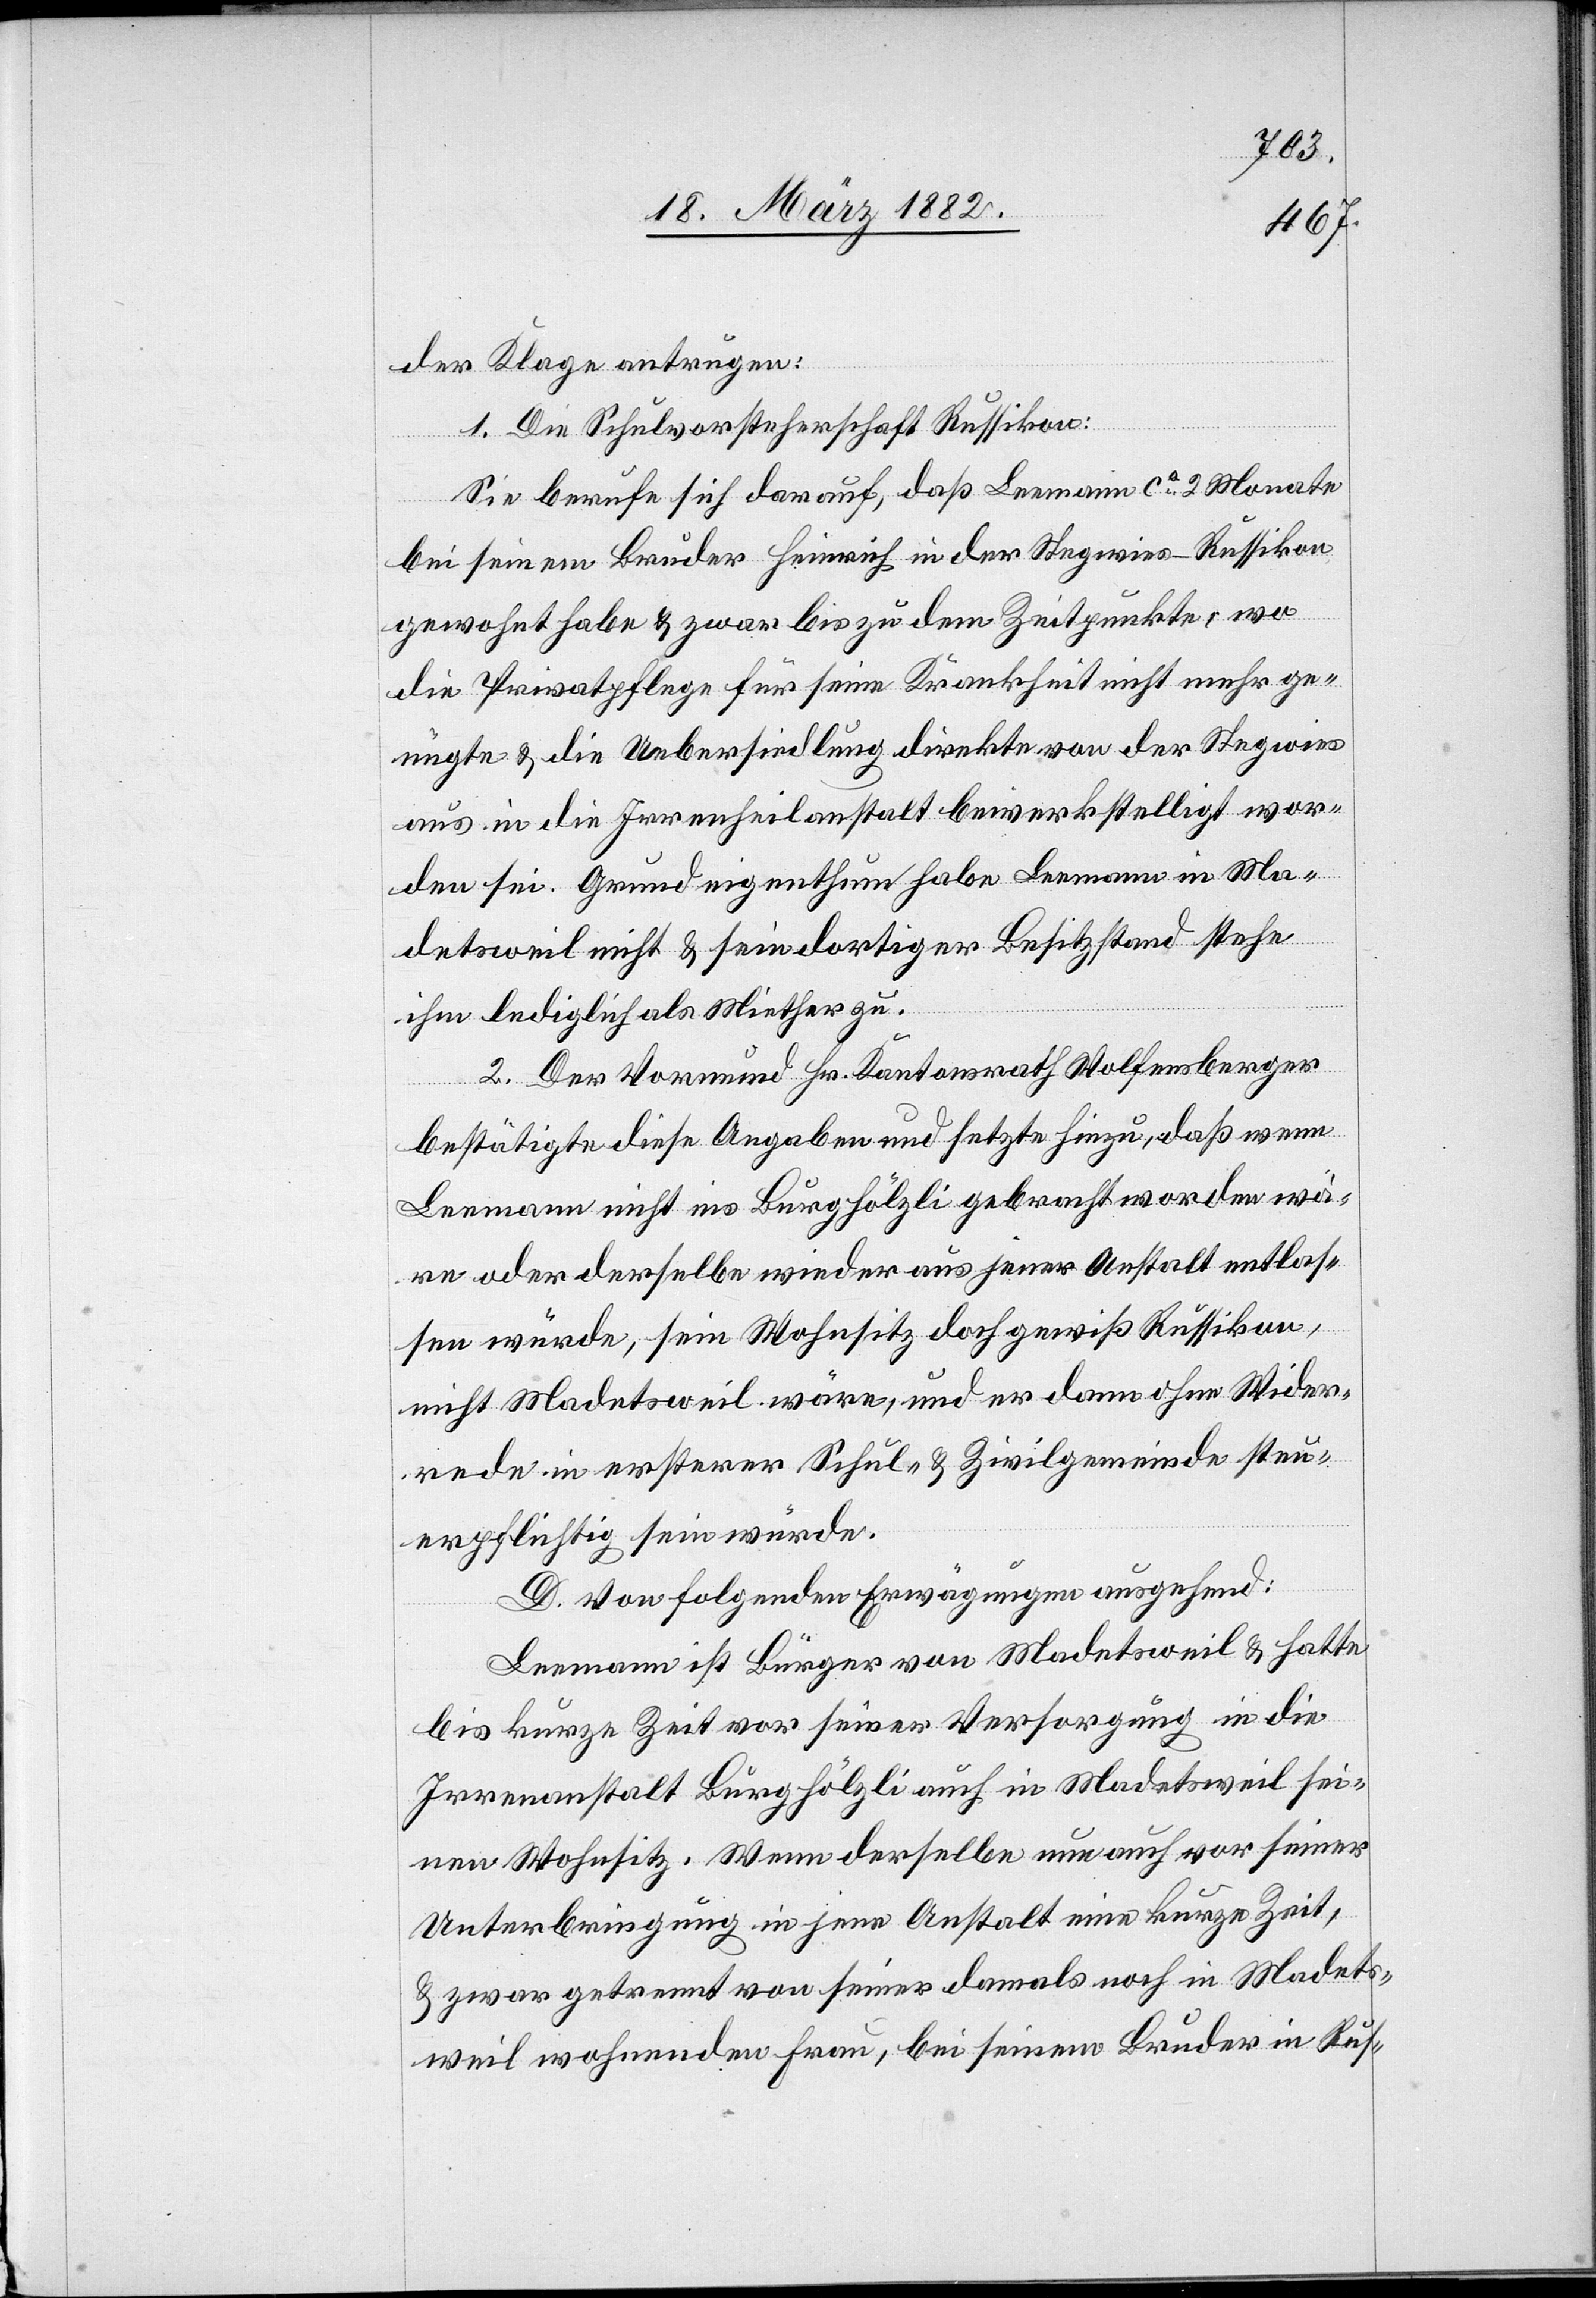
der Klage antragen:
1. Die Schulvorsteherschaft Russikon:
Sie berufe sich darauf, daß Leemann ca 2 Monate
bei seinem Bruder Heinrich in der Stegwies - Russikon
gewohnt habe & zwar bis zu dem Zeitpunkte, wo
die Privatpflege für seine Krankheit nicht mehr ge¬
nügte & die Uebersiedlung direkte von der Stegwies
aus in die Irrenheilanstalt bewerkstelligt wor¬
den sei. Grundeigenthum habe Leemann in Ma¬
detsweil nicht & sein dortiger Besitzstand stehe
ihm lediglich als Miether zu.
2. Der Vormund Hr. Kantonsrath Wolfensberger
bestätigte diese Angaben und setzte hinzu, daß wenn
Leemann nicht ins Burghölzli gebracht worden wä¬
re oder derselbe wieder aus jener Anstalt entlas¬
sen würde, sein Wohnsitz doch gewiß Russikon,
nicht Madetsweil wäre, und er dann ohne Wider¬
rede in ersterer Schul- & Zivilgemeinde steu¬
erpflichtig sein würde.
D. Von folgenden Erwägungen ausgehend:
Leemann ist Bürger von Madetsweil & hatte
bis kurze Zeit vor seiner Versorgung in die
Irrenanstalt Burghölzli auch in Madetsweil sei¬
nen Wohnsitz. Wenn derselbe nun auch vor seiner
Unterbringung in jene Anstalt eine kurze Zeit,
& zwar getrennt von seiner damals noch in Madets¬
weil wohnenden Frau, bei seinem Bruder in Rus-